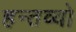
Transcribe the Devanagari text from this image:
हन्तव्यो